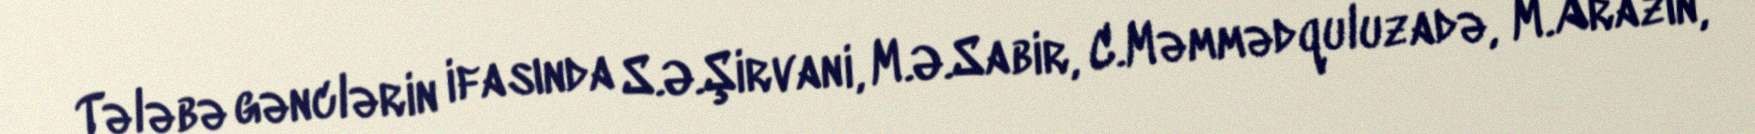
Tələbə gənclərin ifasında S.Ə.Şirvani, M.Ə.Sabir, C.Məmmədquluzadə, M.Arazın,